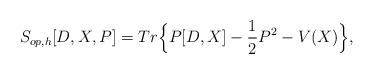
LaTeX: \begin{align*}S_{op,h}[D,X,P]=Tr \Big\{ P[D,X]-\frac{1}{2}P^2 - V(X) \Big\},\end{align*}